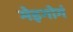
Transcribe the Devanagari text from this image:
मेइगोगं